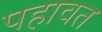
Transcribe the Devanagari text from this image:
पहावत